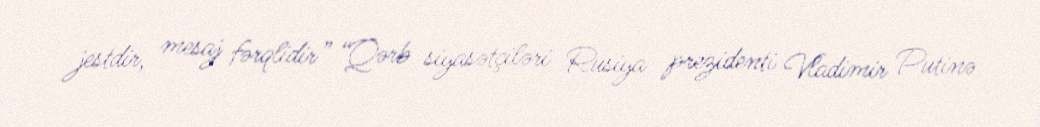
jestdir, mesaj fərqlidir” “Qərb siyasətçiləri Rusiya prezidenti Vladimir Putinə